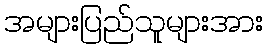
အများပြည်သူများအား